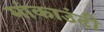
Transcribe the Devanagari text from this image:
मांकाउंटी